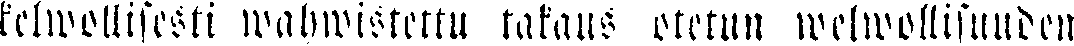
kelwollisesti wahwistettu takaus otetun welwollisuuden